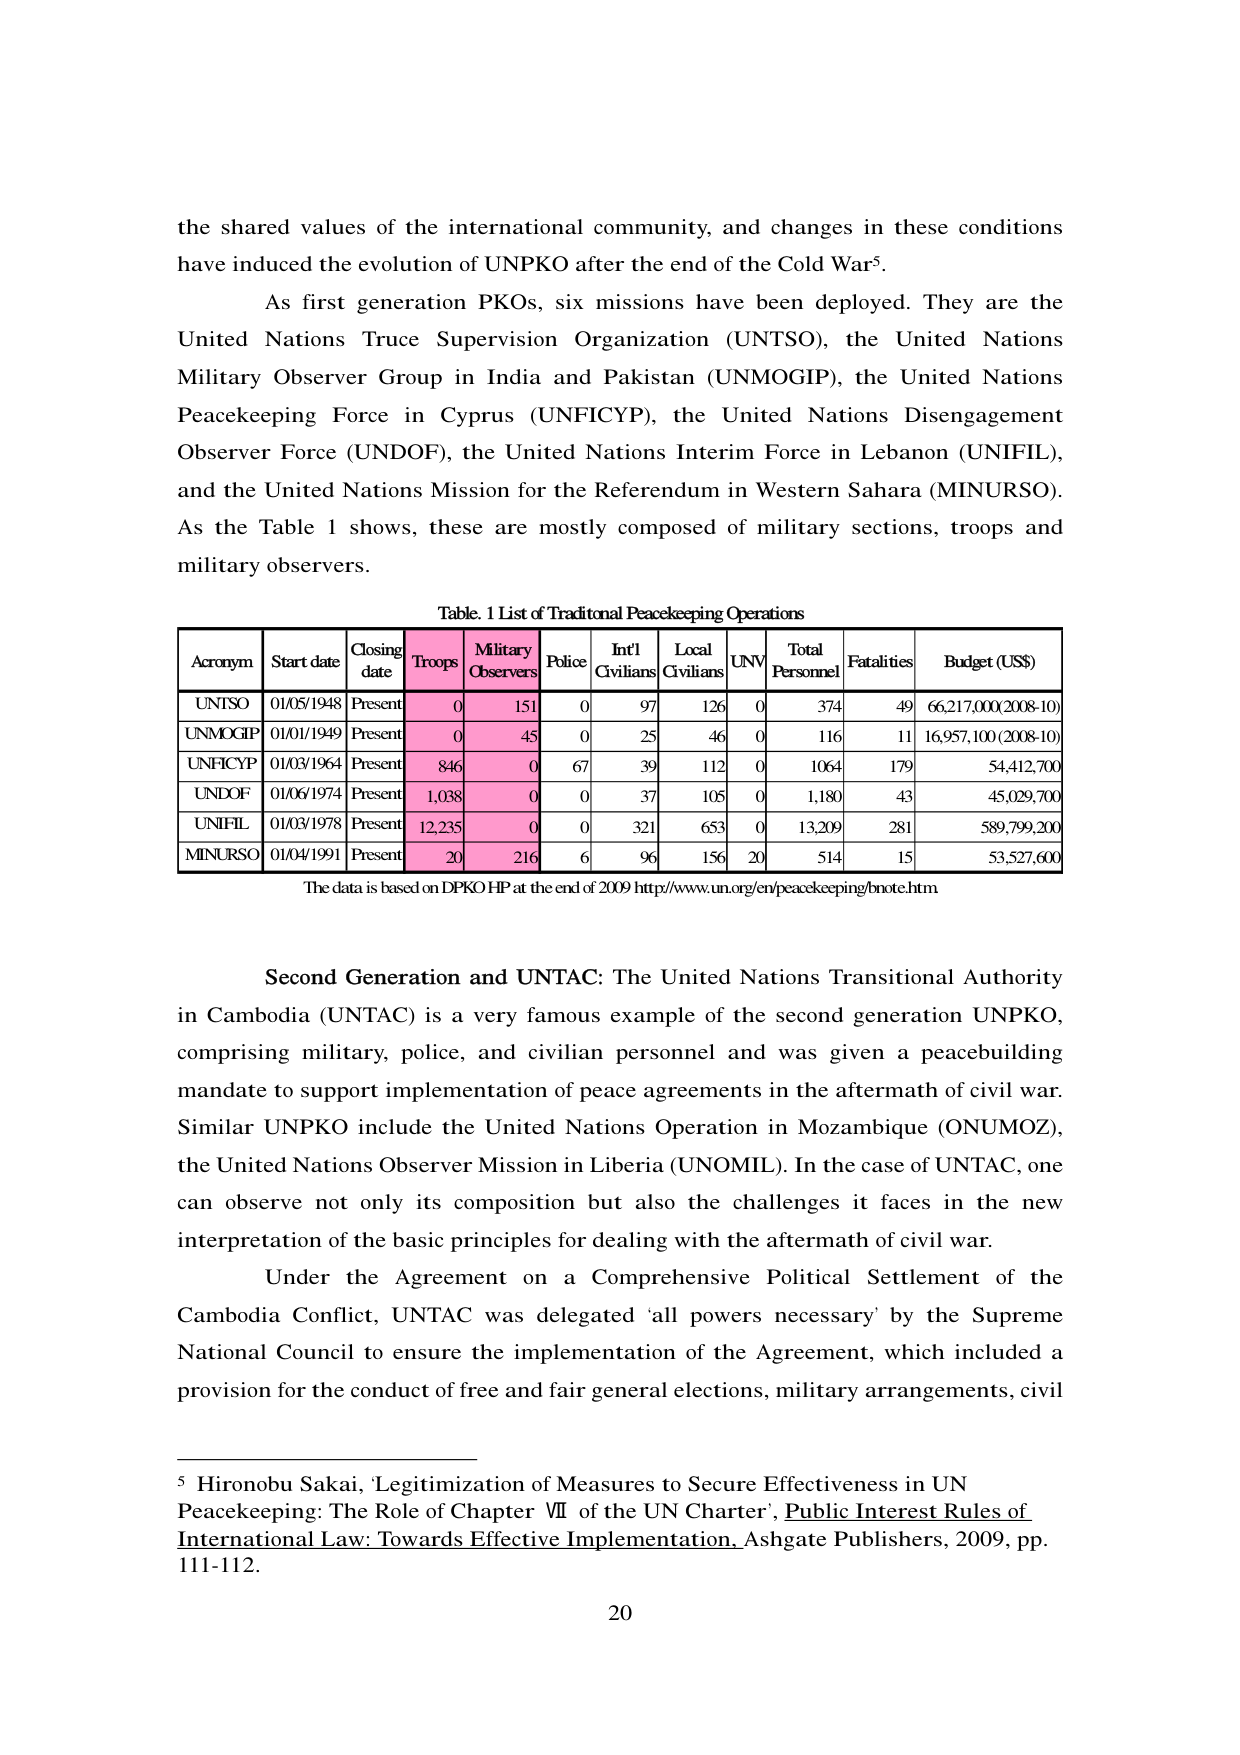
the shared values of the international community, and changes in these conditions have induced the evolution of UNPKO after the end of the Cold War⁵.

As first generation PKOs, six missions have been deployed. They are the United Nations Truce Supervision Organization (UNTSO), the United Nations Military Observer Group in India and Pakistan (UNMOGIP), the United Nations Peacekeeping Force in Cyprus (UNFICYP), the United Nations Disengagement Observer Force (UNDOF), the United Nations Interim Force in Lebanon (UNIFIL), and the United Nations Mission for the Referendum in Western Sahara (MINURSO). As the Table 1 shows, these are mostly composed of military sections, troops and military observers.

Table. 1 List of Traditional Peacekeeping Operations

| Acronym | Start date | Closing date | Troops | Military Observers | Police | Int'l Civilians | Local Civilians | UNV | Total Personnel | Fatalities | Budget (US$) |
|---------|------------|--------------|--------|--------------------|--------|------------------|------------------|-----|-----------------|------------|--------------|
| UNTSO   | 01/05/1948 | Present      | 0      | 151                | 0      | 97               | 126              | 0   | 374             | 49         | 66,217,000 (2008-10) |
| UNMOGIP | 01/01/1949 | Present      | 0      | 45                 | 0      | 25               | 46               | 0   | 116             | 11         | 16,957,100 (2008-10) |
| UNFICYP | 01/03/1964 | Present      | 846    | 0                  | 67     | 39               | 112              | 0   | 1064            | 179        | 54,412,700   |
| UNDOF   | 01/06/1974 | Present      | 1,038  | 0                  | 0      | 37               | 105              | 0   | 1,180           | 43         | 45,029,700   |
| UNIFIL  | 01/03/1978 | Present      | 12,235 | 0                  | 0      | 321              | 653              | 0   | 13,209          | 281        | 589,799,200  |
| MINURSO | 01/04/1991 | Present      | 20     | 216                | 6      | 96               | 156              | 20  | 514             | 15         | 53,527,600   |

The data is based on DPKO HP at the end of 2009 http://www.un.org/en/peacekeeping/bnote.htm

Second Generation and UNTAC: The United Nations Transitional Authority in Cambodia (UNTAC) is a very famous example of the second generation UNPKO, comprising military, police, and civilian personnel and was given a peacebuilding mandate to support implementation of peace agreements in the aftermath of civil war. Similar UNPKO include the United Nations Operation in Mozambique (ONUMOZ), the United Nations Observer Mission in Liberia (UNOMIL). In the case of UNTAC, one can observe not only its composition but also the challenges it faces in the new interpretation of the basic principles for dealing with the aftermath of civil war.

Under the Agreement on a Comprehensive Political Settlement of the Cambodia Conflict, UNTAC was delegated 'all powers necessary' by the Supreme National Council to ensure the implementation of the Agreement, which included a provision for the conduct of free and fair general elections, military arrangements, civil

⁵ Hironobu Sakai, 'Legitimization of Measures to Secure Effectiveness in UN Peacekeeping: The Role of Chapter VII of the UN Charter', Public Interest Rules of International Law: Towards Effective Implementation, Ashgate Publishers, 2009, pp. 111-112.

20